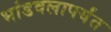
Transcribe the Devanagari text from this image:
भांडवलापर्यंत